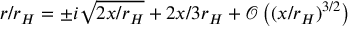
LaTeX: r / r _ { H } = \pm i \sqrt { 2 x / r _ { H } } + 2 x / 3 r _ { H } + { \mathcal O } \left( ( x / r _ { H } ) ^ { 3 / 2 } \right)